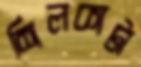
শিলকাটা